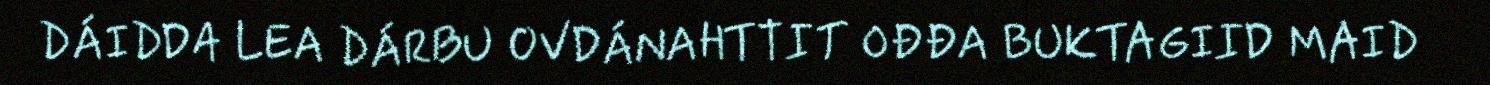
DÁIDDA LEA DÁRBU OVDÁNAHTTIT OĐĐA BUKTAGIID MAID